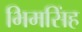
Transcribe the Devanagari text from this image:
भिमसिंह